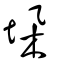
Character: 垛